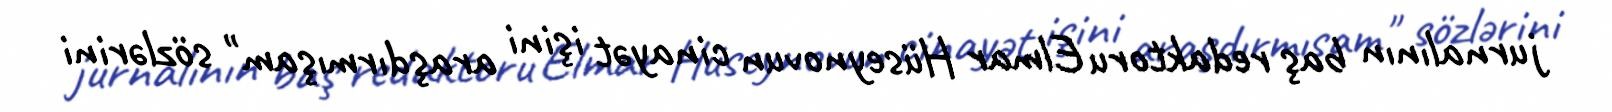
jurnalının baş redaktoru Elmar Hüseynovun cinayət işini araşdırmışam" sözlərini